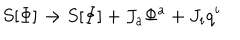
S [ \Phi ] \rightarrow S [ \Phi ] + J _ { a } \Phi ^ { a } + J _ { i } q ^ { i }